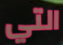
التي